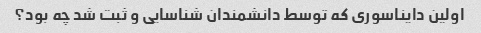
اولین دایناسوری که توسط دانشمندان شناسایی و ثبت شد چه بود؟